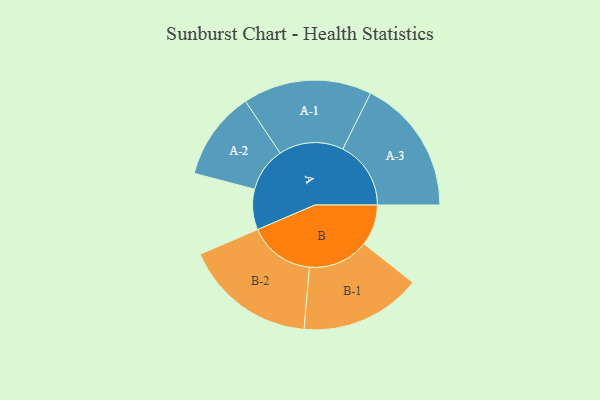
{"axis": {"x": "Segment", "y": "Value"}, "legend": ["", "A", "B"], "data": [{"x": "A", "y": 147, "type": ""}, {"x": "B", "y": 149, "type": ""}, {"x": "A-1", "y": 234, "type": "A"}, {"x": "A-2", "y": 161, "type": "A"}, {"x": "A-3", "y": 247, "type": "A"}, {"x": "B-1", "y": 220, "type": "B"}, {"x": "B-2", "y": 240, "type": "B"}]}